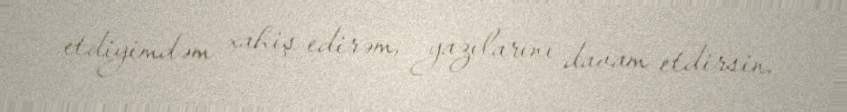
etdiyimdəm xahiş edirəm, yazılarını davam etdirsin.